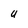
Character: U